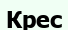
Крес